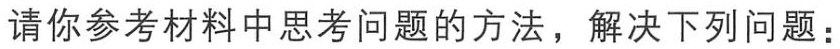
请你参考材料中思考问题的方法，解决下列问题：